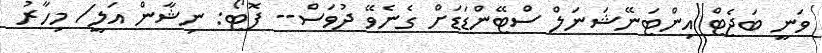
ވަނީ ބަޖެޓް އިންޓަނޭޝަނަލް ސްޓޭންޑަޑަށް ގެނެވޭ ދުވަސް-- ފޮޓޯ: ނިޝާން އަލީ/ މިހާރު